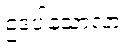
ဥဒပါနသာလာ